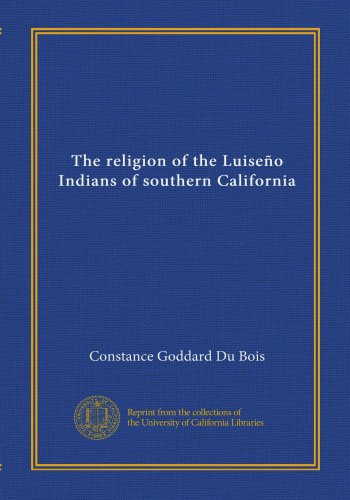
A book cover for The religion of the LuiseÃ±o Indians of southern California; Constance Goddard Du Bois; History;